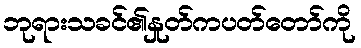
ဘုရားသခင်၏နှုတ်ကပတ်တော်ကို